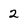
Character: 2